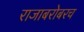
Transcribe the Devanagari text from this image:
राजाबरोबरच